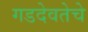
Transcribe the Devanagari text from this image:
गडदेवतेचे